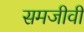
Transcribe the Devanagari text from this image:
समजीवी